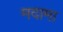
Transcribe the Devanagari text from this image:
मदामा